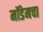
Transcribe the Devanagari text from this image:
मॉडेमचा